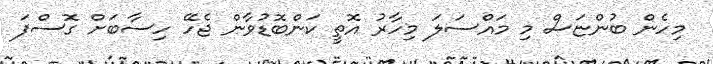
މިހެން ބުންޏަސް މި މައްސަލަ މިހާރު އޮތީ ކަންބޮޑުވާން ޖެހޭ ހިސާބަށް ގޮސްފަ